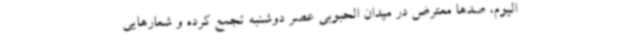
الیوم، صدها معترض در میدان الحبوبی عصر دوشنبه تجمع کرده و شعارهایی